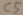
Text: C5